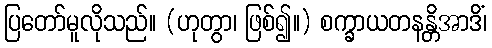
ပြတော်မူလိုသည်။ (ဟုတွာ၊ ဖြစ်၍။) စက္ခာယတနန္တိအာဒိံ၊